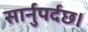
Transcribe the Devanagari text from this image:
सार्नुपर्दछ।